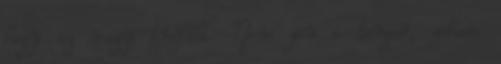
hogy az vagy tréfált. Nem jön a tenger, sohase